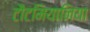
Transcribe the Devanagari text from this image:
टौटमियानिया